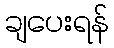
ချပေးရန်